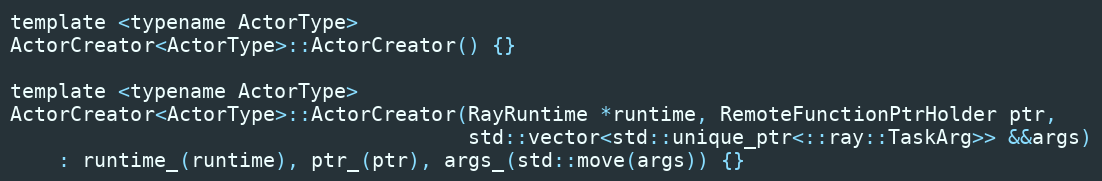
Language: C
template <typename ActorType>
ActorCreator<ActorType>::ActorCreator() {}

template <typename ActorType>
ActorCreator<ActorType>::ActorCreator(RayRuntime *runtime, RemoteFunctionPtrHolder ptr,
                                      std::vector<std::unique_ptr<::ray::TaskArg>> &&args)
    : runtime_(runtime), ptr_(ptr), args_(std::move(args)) {}